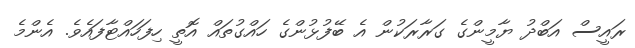
ރައީސް އަބްދު ޔާމީންގެ ގަރާރަކުން އެ ބޭފުޅުންގެ ހައްގުތައް އޮތީ ހިފަހައްޓާފައެވެ. އެންމެ